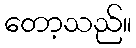
တော့သည်။